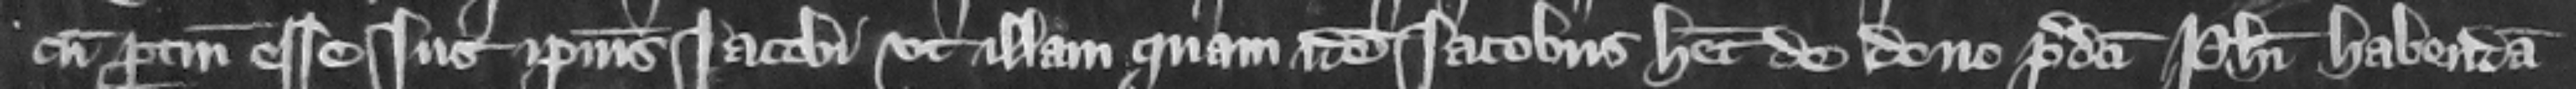
cum pertinencis esse ius ipsius Iacobi vt illam quam idem Iacobus habet de dono predictiPhilippi habendam